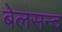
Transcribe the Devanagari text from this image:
बेलसन्द